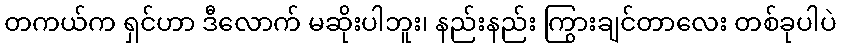
တကယ်က ရှင်ဟာ ဒီလောက် မဆိုးပါဘူး၊ နည်းနည်း ကြွားချင်တာလေး တစ်ခုပါပဲ